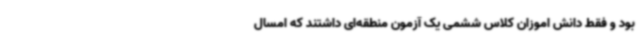
بود و فقط دانش اموزان کلاس ششمی یک آزمون منطقه‌ای داشتند که امسال